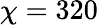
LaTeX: \chi=320